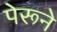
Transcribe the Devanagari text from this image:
पेरूने